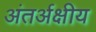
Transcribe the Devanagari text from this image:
अंतर्अक्षीय